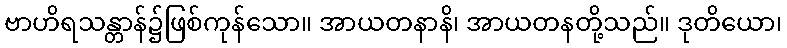
ဗာဟိရသန္တာန်၌ဖြစ်ကုန်သော။ အာယတနာနိ၊ အာယတနတို့သည်။ ဒုတိယော၊